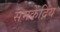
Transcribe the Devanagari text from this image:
समकेंद्रिय